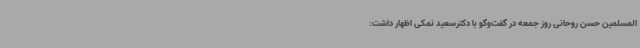
المسلمین حسن روحانی روز جمعه در گفت‌وگو با دکترسعید نمکی اظهار داشت: